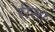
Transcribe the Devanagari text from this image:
रीसा